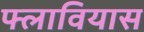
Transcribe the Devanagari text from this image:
फ्लावियास